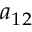
a _ { 1 2 }